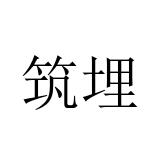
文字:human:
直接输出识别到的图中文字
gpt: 筑埋